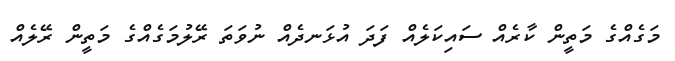
މަގެއްގެ މަތީން ކާރެއް ސައިކަލެއް ފަދަ އުޅަނދެއް ނުވަތަ ރޭލުމަގެއްގެ މަތީން ރޭލެއް